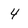
Character: 4